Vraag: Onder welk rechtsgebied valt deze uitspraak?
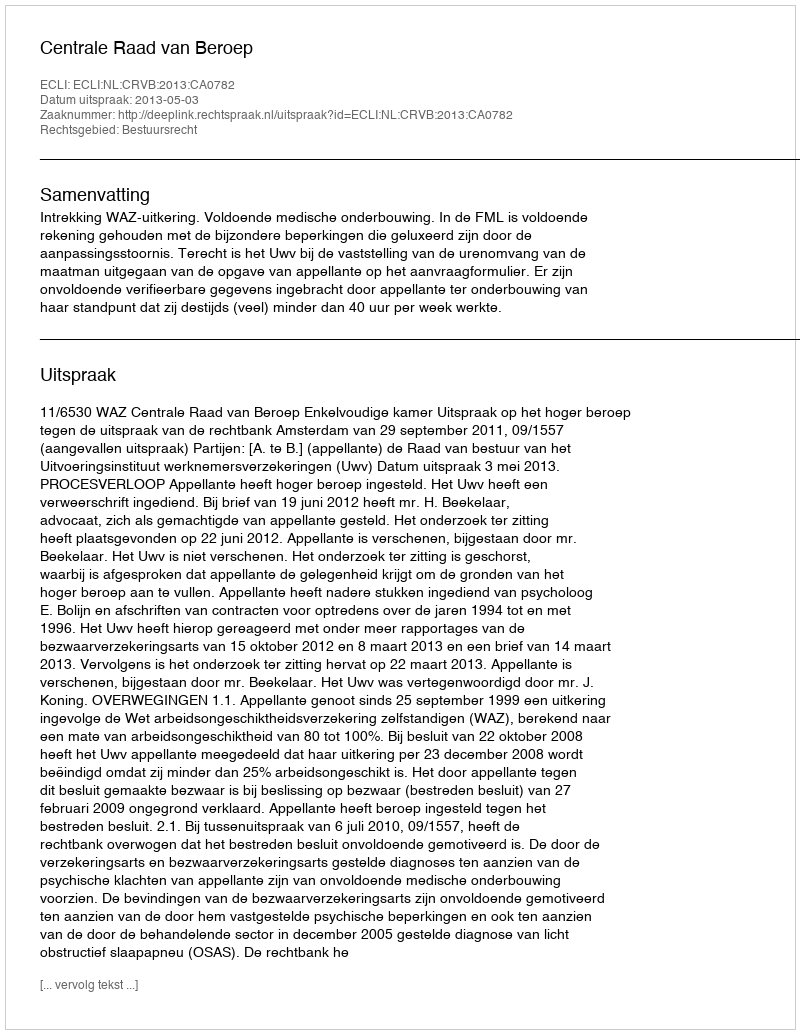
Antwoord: Bestuursrecht